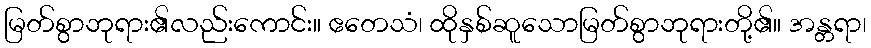
မြတ်စွာဘုရား၏လည်းကောင်း။ ဧတေသံ၊ ထိုနှစ်ဆူသောမြတ်စွာဘုရားတို့၏။ အန္တရာ၊